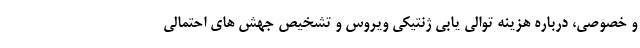
و خصوصی، درباره هزینه توالی یابی ژنتیکی ویروس و تشخیص جهش های احتمالی